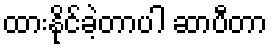
ထားနိုင်ခဲ့တာပါ ဆာပီတာ